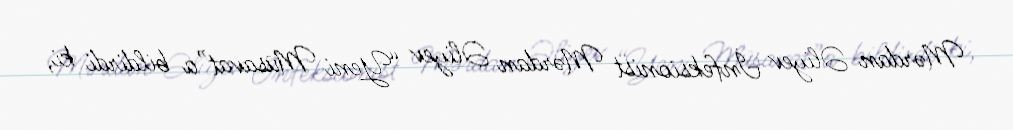
Mərdan Əliyev İnfeksionist Mərdan Əliyev “Yeni Müsavat”a bildirdi ki,